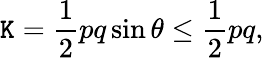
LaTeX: \mathtt{K}={\frac{{1}}{{2}}}pq\sin{\theta}\leq{\frac{{1}}{{2}}}pq,